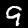
Digit: 9